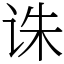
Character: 诛